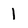
Character: 1